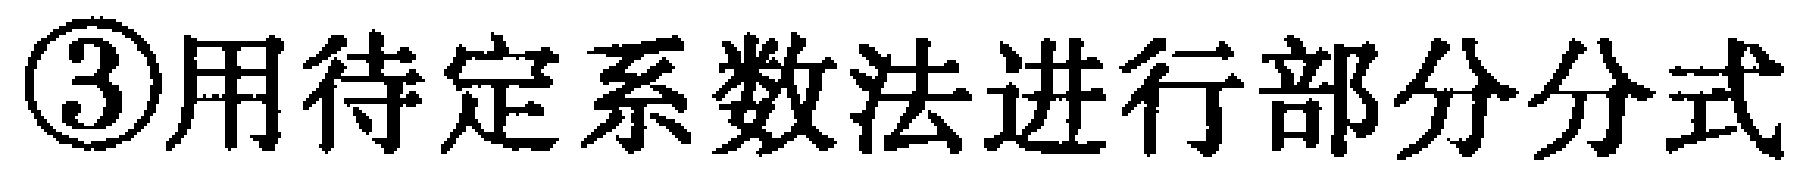
\textcircled{3}用待定系数法进行部分分式